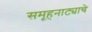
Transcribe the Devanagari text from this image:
समूहनाट्याचे